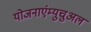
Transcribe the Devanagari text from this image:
योजनाएंम्युचुअल